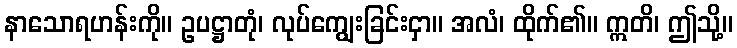
နာသောရဟန်းကို။ ဥပဋ္ဌာတုံ၊ လုပ်ကျွေးခြင်းငှာ။ အလံ၊ ထိုက်၏။ ဣတိ၊ ဤသို့။